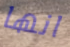
انها